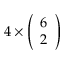
4 \times { \left( \begin{array} { l } { 6 } \\ { 2 } \end{array} \right) }